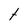
Character: t